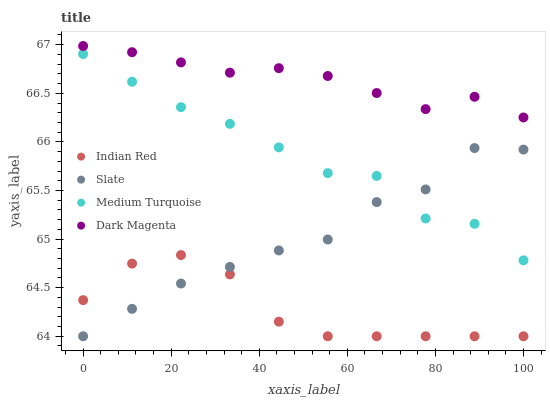
| xaxis_label | Indian Red | Slate | Medium Turquoise | Dark Magenta |
 | --- | --- | --- | --- | --- |
 | 0 | 64.4 | 64 | 66.9 | 67 |
 | 11.1 | 64.7 | 64.3 | 66.6 | 66.9 |
 | 22.2 | 64.8 | 64.5 | 66.4 | 66.8 |
 | 33.3 | 64.6 | 64.7 | 66.2 | 66.7 |
 | 44.4 | 64.2 | 64.9 | 65.9 | 66.8 |
 | 55.6 | 64 | 65 | 65.7 | 66.7 |
 | 66.7 | 64 | 65.4 | 65.7 | 66.5 |
 | 77.8 | 64 | 65.5 | 65.2 | 66.3 |
 | 88.9 | 64 | 65.9 | 65.2 | 66.5 |
 | 100 | 64 | 65.9 | 64.8 | 66.3 |